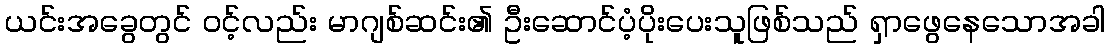
ယင်းအခွေတွင် ၀င့်လည်း မာဂျစ်ဆင်း၏ ဦးဆောင်ပံ့ပိုးပေးသူဖြစ်သည် ရှာဖွေနေသောအခါ